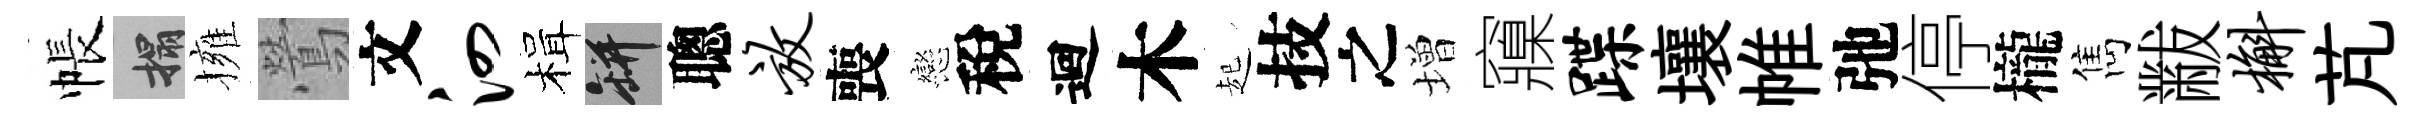
帳搨擁鶯文泗楫瓶聰放喪戀稅迴木起技之増䆿蹀壤帷弛停櫳雋黻槲芃